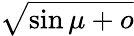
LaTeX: \sqrt{\sin\mu+o}